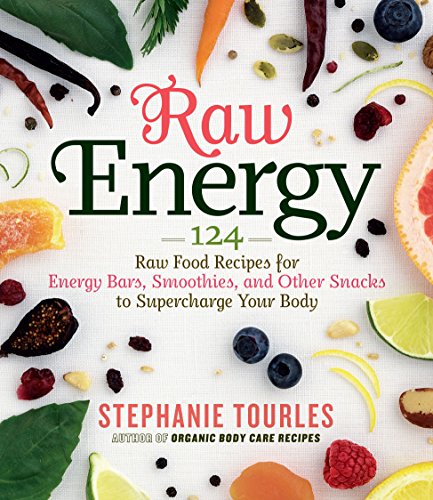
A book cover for Raw Energy: 124 Raw Food Recipes for Energy Bars, Smoothies, and Other Snacks to Supercharge Your Body; Stephanie L. Tourles; Cookbooks, Food & Wine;